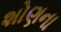
શોણના